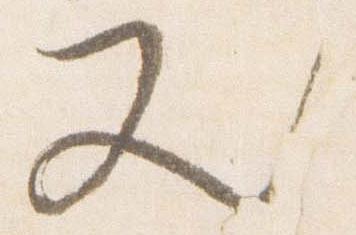
又